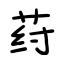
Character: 荮